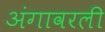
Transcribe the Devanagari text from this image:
अंगावरली